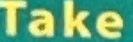
Take